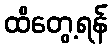
ထိတွေ့ရန်